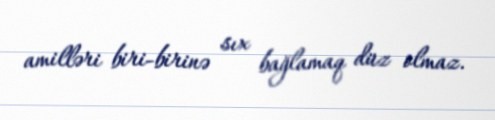
amilləri biri-birinə sıx bağlamaq düz olmaz.